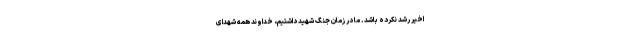
اخیر رشد نکرده باشد. ما در زمان جنگ شهید داشتیم، خداوند همه شهدای